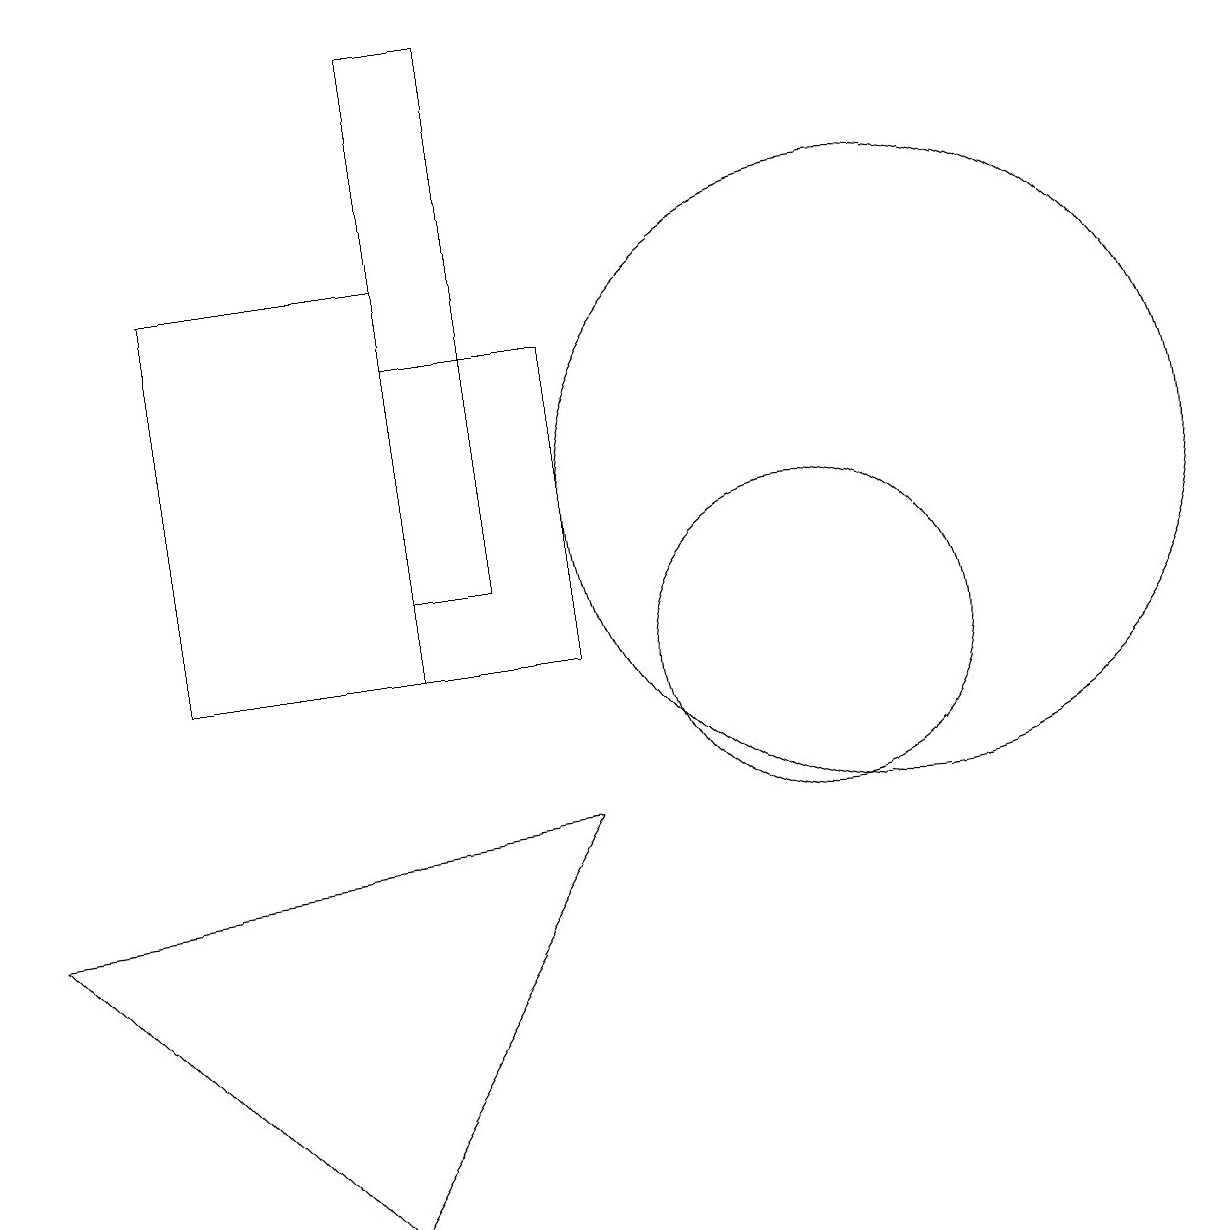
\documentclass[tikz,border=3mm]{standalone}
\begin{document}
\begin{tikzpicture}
\draw (3,15) rectangle (6,10);
\draw (12,12) circle (4);
\draw (8,10) rectangle (6,14);
\draw (1,7) -- (5,3) -- (8,8) -- cycle;
\draw (11,10) circle (2);
\draw (6,18) rectangle (7,11);
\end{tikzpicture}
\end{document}